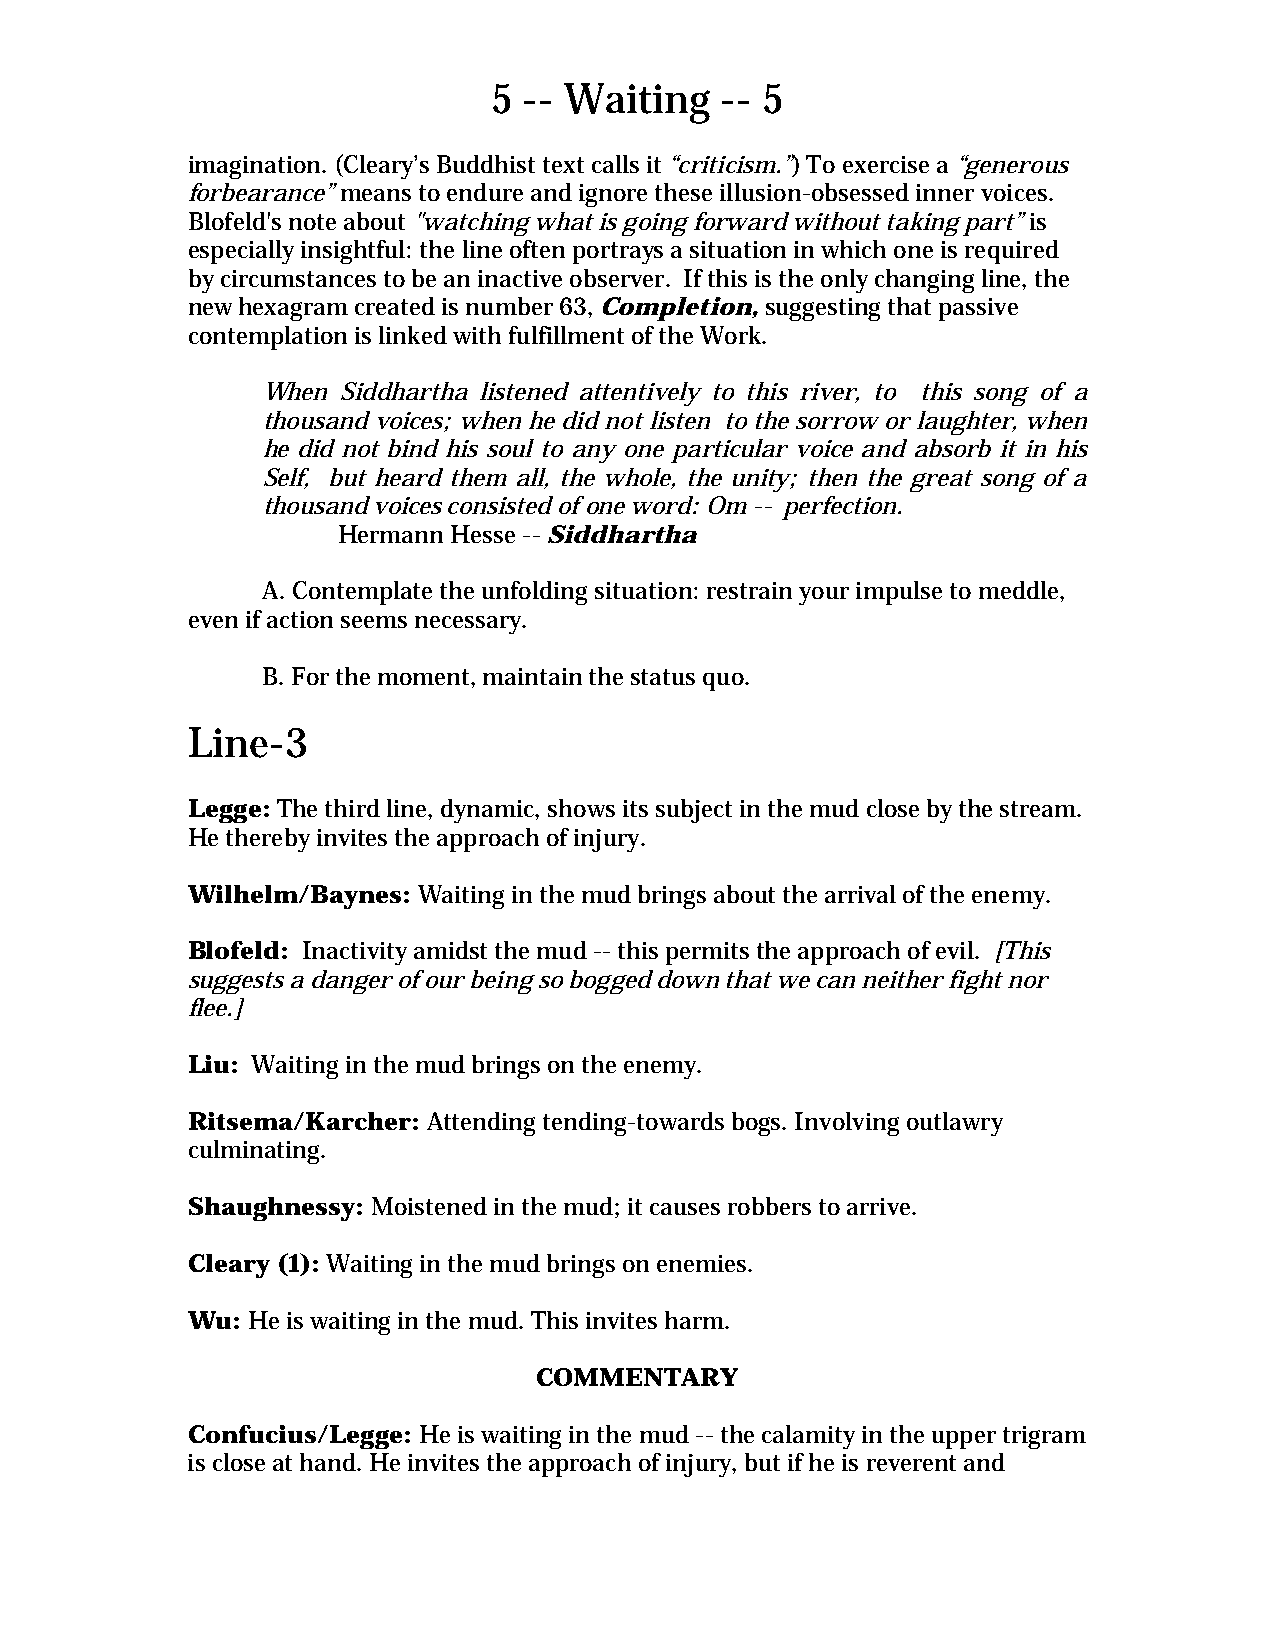
5 -- Waiting   -- 5
 imagination. (Cleary’s Buddhist text calls it “criticism.”) To exercise a “generous
 forbearance” means to endure and ignore these illusion-obsessed inner voices.
 Blofeld's note about "watching what is going forward without taking part” is
 especially insightful: the line often portrays a situation in which one is required
 by circumstances to be an inactive observer. If this is the only changing line, the
 new hexagram created is number 63, Completion, suggesting that passive
 contemplation is linked with fulfillment of the Work.
 When Siddhartha listened attentively to this river, to this song of a
 thousand voices; when he did not listen to the sorrow or laughter, when
 he did not bind his soul to any one particular voice and absorb it in his
 Self, but heard them all, the whole, the unity; then the great song of a
 thousand voices consisted of one word: Om -- perfection.
 Hermann Hesse -- Siddhartha
 A. Contemplate the unfolding situation: restrain your impulse to meddle,
 even if action seems necessary.
 B. For the moment, maintain the status quo.
 Line-3
 Legge: The third line, dynamic, shows its subject in the mud close by the stream.
 He thereby invites the approach of injury.
 Wilhelm/Baynes: Waiting in the mud brings about the arrival of the enemy.
 Blofeld: Inactivity amidst the mud -- this permits the approach of evil. [This
 suggests a danger of our being so bogged down that we can neither fight nor
 flee.]
 Liu: Waiting in the mud brings on the enemy.
 Ritsema/Karcher: Attending tending-towards bogs. Involving outlawry
 culminating.
 Shaughnessy: Moistened in the mud; it causes robbers to arrive.
 Cleary (1): Waiting in the mud brings on enemies.
 Wu: He is waiting in the mud. This invites harm.
 COMMENTARY
 Confucius/Legge: He is waiting in the mud -- the calamity in the upper trigram
 is close at hand. He invites the approach of injury, but if he is reverent and